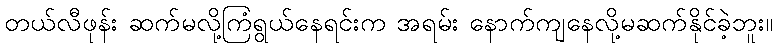
တယ်လီဖုန်း ဆက်မလို့ကြံရွယ်နေရင်းက အရမ်း နောက်ကျနေလို့မဆက်နိုင်ခဲ့ဘူး။